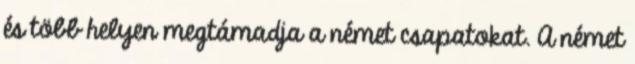
és több helyen megtámadja a német csapatokat. A német